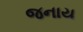
જનાય